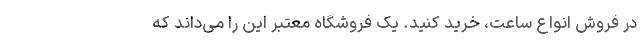
در فروش انواع ساعت، خرید کنید. یک فروشگاه معتبر این را می‌داند که